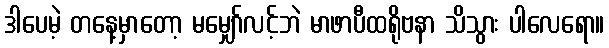
ဒါပေမဲ့ တနေ့မှာတော့ မမျှော်လင့်ဘဲ မာဖာပီထရိုဗနာ သိသွား ပါလေရော။